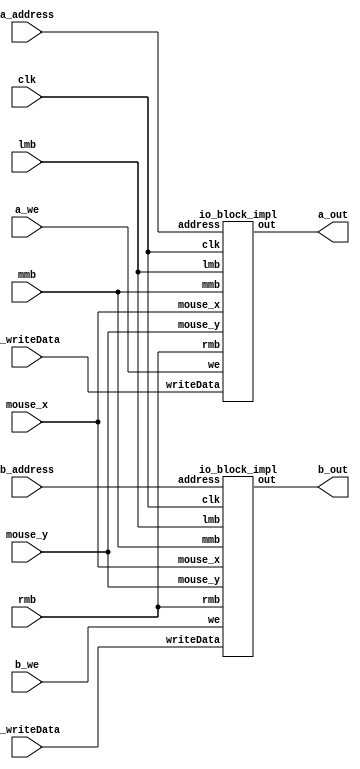
module io_block #(parameter DATA_SIZE = 16, parameter ADDRESS_SIZE = 12)
	(
		input [(ADDRESS_SIZE - 1) : 0] a_address, b_address,
		input [(DATA_SIZE - 1) : 0] 	 a_writeData, b_writeData,
		input a_we, b_we, clk,
		input lmb, mmb, rmb,
		input [15:0] mouse_x, mouse_y,
		output [(DATA_SIZE - 1) : 0] a_out, b_out
	);

	io_block_impl
	io_block_a
	(
		.address(a_address),
		.writeData(a_writeData),
		.we(a_we),
		.clk(clk),
		.lmb(lmb),
		.mmb(mmb),
		.rmb(rmb),
		.mouse_x(mouse_x),
		.mouse_y(mouse_y),
		.out(a_out)
	);
	
	
	io_block_impl
	io_block_b
	(
		.address(b_address),
		.writeData(b_writeData),
		.we(b_we),
		.clk(clk),
		.lmb(lmb),
		.mmb(mmb),
		.rmb(rmb),
		.mouse_x(mouse_x),
		.mouse_y(mouse_y),
		.out(b_out)
	);
	
endmodule

module io_block_impl #(parameter DATA_SIZE = 16, parameter ADDRESS_SIZE = 12)
	(
		input [(ADDRESS_SIZE - 1) : 0] address,
		input [(DATA_SIZE - 1) : 0] 	 writeData,
		input we, clk,
		input lmb, mmb, rmb,
		input [15:0] mouse_x, mouse_y,
		output reg [(DATA_SIZE - 1) : 0] out
	);
	
	always@(posedge clk)
	begin
		if(address[ADDRESS_SIZE-1:ADDRESS_SIZE-2] == 2'b11)
		begin
			case (address)
					
				12'hFF9:
					out <= { 13'b0000000000000, lmb, mmb, rmb };
					
				12'hFF8:
					out <= mouse_x;
				
				12'hFF7:
					out <= mouse_y;
				
				default: out <= 0;
			endcase
		end
	end
endmodule
	
	
module ram_block #(parameter DATA_SIZE = 16, parameter ADDRESS_SIZE = 12)
	(
		input [(ADDRESS_SIZE - 1) : 0] a_address, b_address, 
		input [(DATA_SIZE - 1) : 0] 	 a_writeData, b_writeData,
		input a_we, b_we, clk,
		output reg [(DATA_SIZE - 1) : 0] a_out, b_out
	);
	
	
	reg [(DATA_SIZE - 1) : 0] memory[(2 ** ADDRESS_SIZE - 1) : 0];
	
	initial 
	begin
		$readmemb("C:\\\\Users\\\\tommy\\\\OneDrive\\\\Documents\\\\School\\\\22-23\\\\Fall 2022\\\\ECE 3710\\\\project\\\\ECE_3710\\\\Paint.bin", memory);
	end

	
	/*	FFFF(11)	_____________
	*				|				|
	*				|				|
	*				|	  IO		|
	*				|				|
	*				|				|
	*	C000(11)	|-----------|
	*				|				|
	*				|				|
	*				|	 Memory	|
	*				|				|
	*				|				|
	*	8000(10)	|				|
	*				|				|
	*				|				|
	*				|	 Memory	|
	*				|				|
	*				|				|
	*	4000(01)	|-----------|
	*				|				|
	*				|				|
	*				|	 Code		|
	*				|				|
	*	0000(00)	|___________|
	*/
	always @ (posedge clk)
	begin
		// 00 -> Even if we don't write
		// else Read and writes like normal
			if(a_we && a_address >= 12'b010000000000)
				memory[a_address] = a_writeData;
		
			a_out <= memory[a_address];
	end
	
	always@(posedge clk)
	begin
		if(b_we && b_address >= 12'b010000000000)
			memory[b_address] = b_writeData;
		
		b_out <= memory[b_address];
	end
		
endmodule